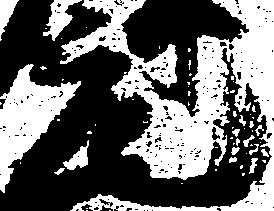
元